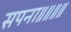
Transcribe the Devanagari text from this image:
सपना॥॥॥॥